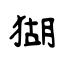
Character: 猢